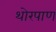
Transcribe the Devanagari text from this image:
थोरपाण